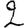
Digit: 2